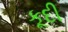
કૂદી